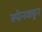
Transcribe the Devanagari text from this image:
स्पेनकडून